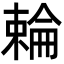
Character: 𬄍